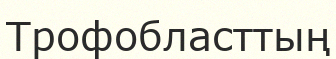
Трофобласттың